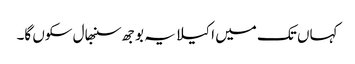
کہاں تک میں اکیلا یہ بوجھ سنبھال سکوں گا۔